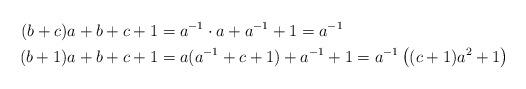
LaTeX: \begin{align*}(b+c)a+b+c+1&=a^{-1}\cdot a +a^{-1}+1=a^{-1}\\(b+1)a+b+c+1&=a(a^{-1}+c+1)+a^{-1}+1=a^{-1}\left((c+1)a^2+1\right)\end{align*}